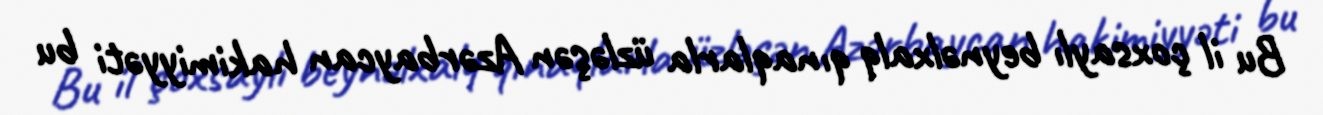
Bu il çoxsaylı beynəlxalq qınaqlarla üzləşən Azərbaycan hakimiyyəti bu